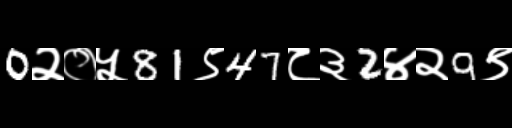
Text: 0२०५81९47८३2४२9९